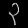
Digit: ၃